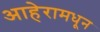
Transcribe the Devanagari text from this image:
आहेरामधून